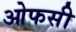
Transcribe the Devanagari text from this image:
ओफसी